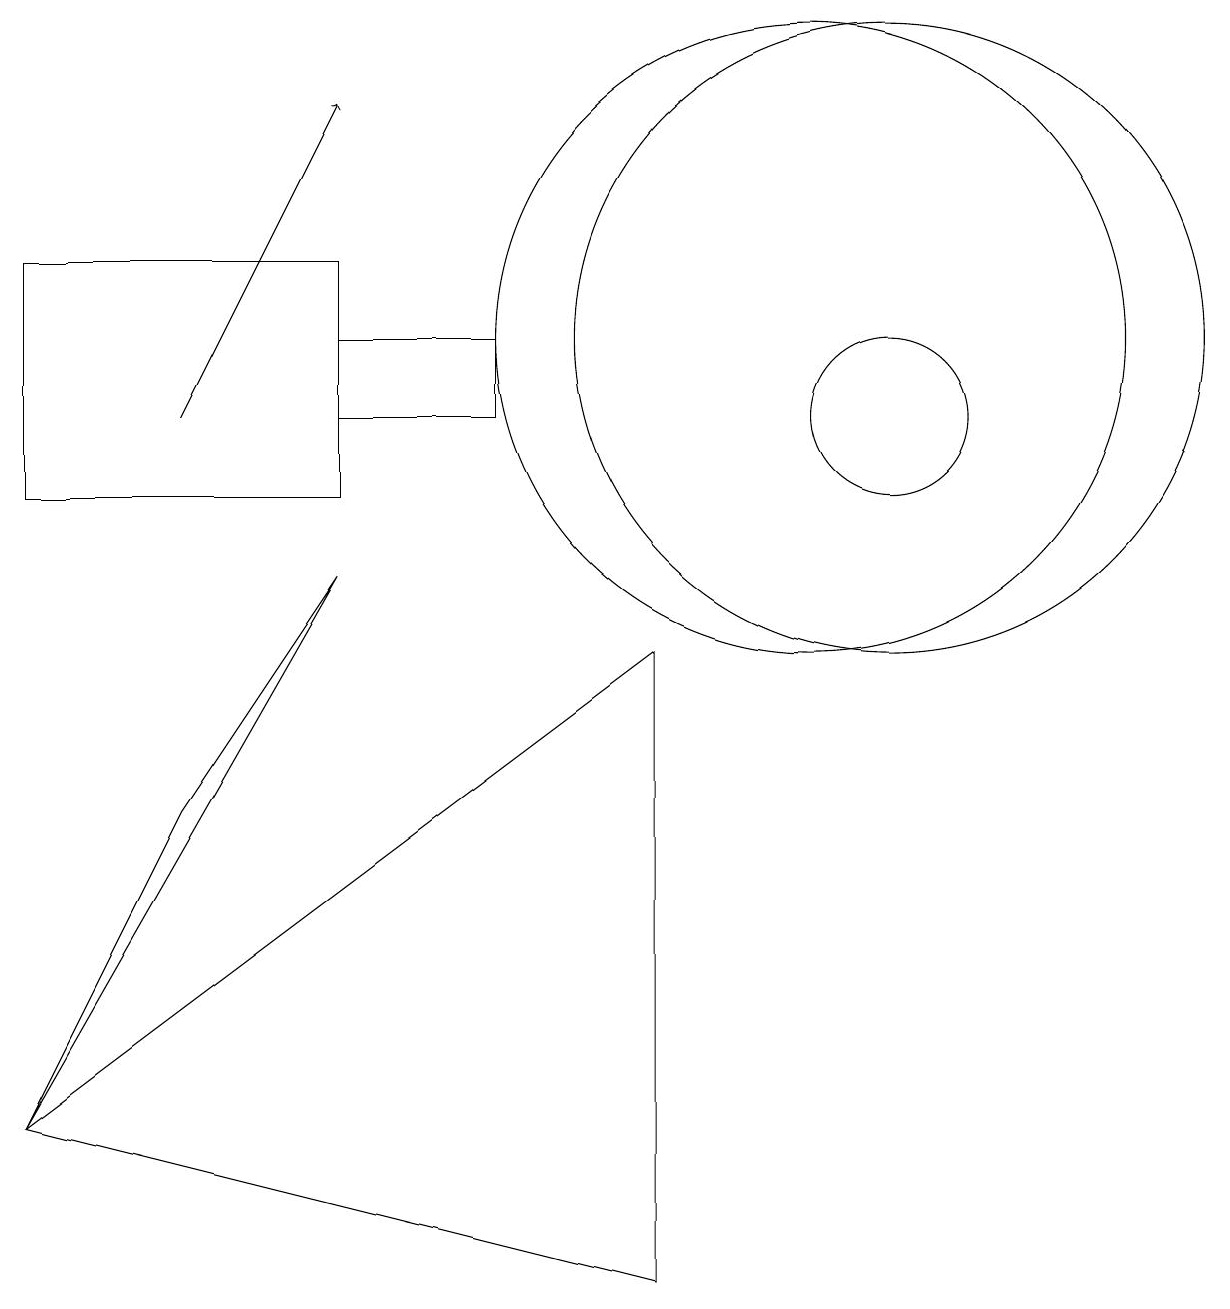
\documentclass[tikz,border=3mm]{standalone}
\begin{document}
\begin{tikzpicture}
\draw (11,12) circle (4);
\draw (11,11) circle (1);
\draw[->] (2,11) -- (4,15);
\draw (10,12) circle (4);
\draw (6,11) rectangle (4,12);
\draw (2,6) -- (4,9) -- (0,2) -- cycle;
\draw (4,10) rectangle (0,13);
\draw (8,0) -- (8,8) -- (0,2) -- cycle;
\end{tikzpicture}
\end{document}